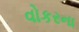
વોકરના